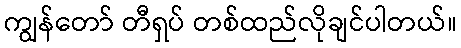
ကျွန်တော် တီရှပ် တစ်ထည်လိုချင်ပါတယ်။